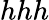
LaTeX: hhh